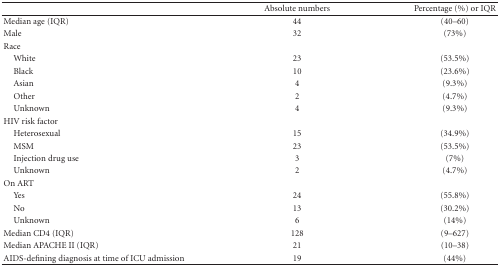
<table><thead><tr><td></td><td><b>Absolute numbers</b></td><td><b>Percentage (%) or IQR</b></td></tr></thead><tbody><tr><td>Median age (IQR)</td><td>44</td><td>(40–60)</td></tr><tr><td>Male</td><td>32</td><td>(73%)</td></tr><tr><td>Race</td><td></td><td></td></tr><tr><td> White</td><td>23</td><td>(53.5%)</td></tr><tr><td> Black</td><td>10</td><td>(23.6%)</td></tr><tr><td> Asian</td><td>4</td><td>(9.3%)</td></tr><tr><td> Other</td><td>2</td><td>(4.7%)</td></tr><tr><td> Unknown</td><td>4</td><td>(9.3%)</td></tr><tr><td>HIV risk factor</td><td></td><td></td></tr><tr><td> Heterosexual</td><td>15</td><td>(34.9%)</td></tr><tr><td> MSM</td><td>23</td><td>(53.5%)</td></tr><tr><td> Injection drug use</td><td>3</td><td>(7%)</td></tr><tr><td> Unknown</td><td>2</td><td>(4.7%)</td></tr><tr><td>On ART</td><td></td><td></td></tr><tr><td> Yes</td><td>24</td><td>(55.8%)</td></tr><tr><td> No</td><td>13</td><td>(30.2%)</td></tr><tr><td> Unknown</td><td>6</td><td>(14%)</td></tr><tr><td>Median CD4 (IQR)</td><td>128</td><td>(9–627)</td></tr><tr><td>Median APACHE II (IQR)</td><td>21</td><td>(10–38)</td></tr><tr><td>AIDS-defining diagnosis at time of ICU admission</td><td>19</td><td>(44%)</td></tr></tbody></table>